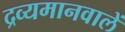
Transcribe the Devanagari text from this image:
द्रव्यमानवालें